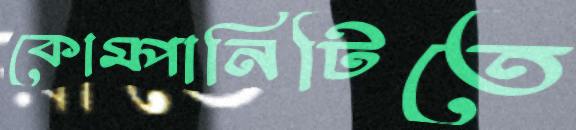
কোম্পানিটিতে